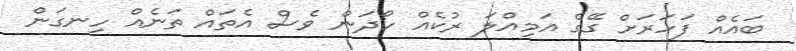
ބައެއް ފަހަރަށް ގޭގެ އަމިއްލަ ރުކެއް ހޯދަން ވެސް އެތައް ތަނެއް ހިނގަން